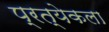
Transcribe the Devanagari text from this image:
प्रत्येकला